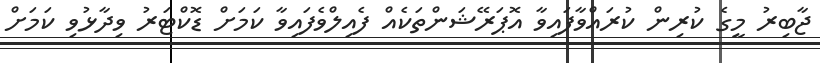
ޖާބިރު މީގެ ކުރިން ކުރައްވާފައިވާ އޮޕަރޭޝަންތަކެއް ފެއިލްވެފައިވާ ކަމަށް ޑޮކްޓަރު ވިދާޅުވި ކަމަށް